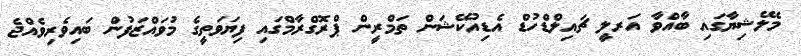
މެލޭޝިޔާގައި ބާއްވާ އަރލީ ޗައިލްޑްހުޑް އެޑިއުކޭޝަން ތަމްރީން ޕްރޮގްރާމްގައި ފިޔަވަތީގެ މުވައްޒަފުން ބައިވެރިވެއްޖެ